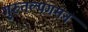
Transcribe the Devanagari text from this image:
गुरुतल्पगमन